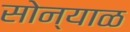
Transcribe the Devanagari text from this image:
सोन्याळ